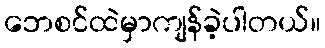
ဘေစင်ထဲမှာကျန်ခဲ့ပါတယ်။